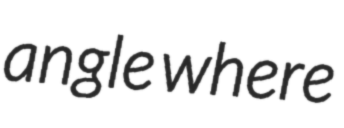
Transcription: angle where